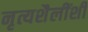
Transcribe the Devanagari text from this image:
नृत्यशैलींशी